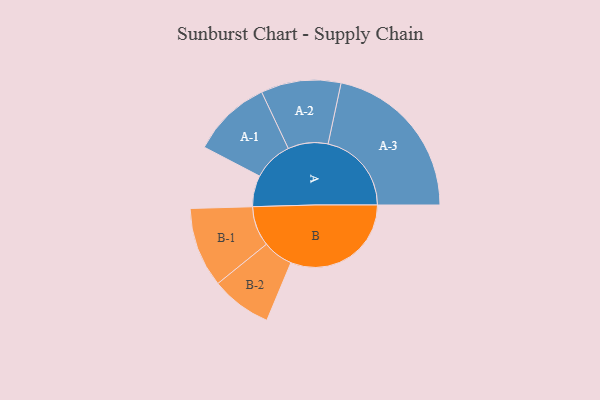
{"axis": {"x": "Segment", "y": "Value"}, "legend": ["", "A", "B"], "data": [{"x": "A", "y": 110, "type": ""}, {"x": "B", "y": 425, "type": ""}, {"x": "A-1", "y": 140, "type": "A"}, {"x": "A-2", "y": 141, "type": "A"}, {"x": "A-3", "y": 294, "type": "A"}, {"x": "B-1", "y": 141, "type": "B"}, {"x": "B-2", "y": 107, "type": "B"}]}